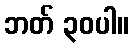
ဘတ် ၃၀ပါ။